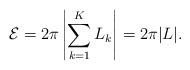
LaTeX: \begin{align*}{\cal E}=2\pi\left|\sum_{k=1}^KL_k\right|=2\pi|L|.\end{align*}